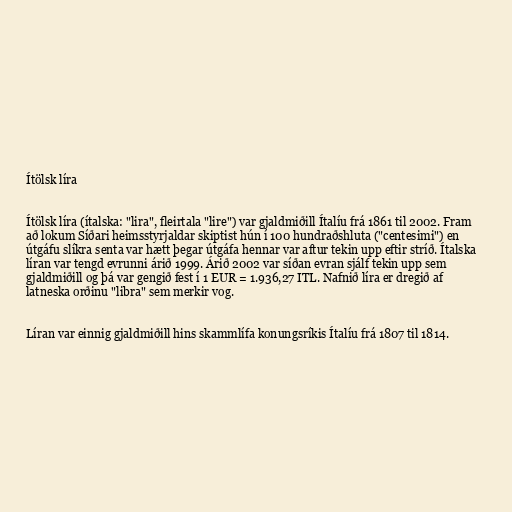
Ítölsk líra

Ítölsk líra (ítalska: "lira", fleirtala "lire") var gjaldmiðill Ítalíu frá 1861 til 2002. Fram
að lokum Síðari heimsstyrjaldar skiptist hún í 100 hundraðshluta ("centesimi") en
útgáfu slíkra senta var hætt þegar útgáfa hennar var aftur tekin upp eftir stríð. Ítalska
líran var tengd evrunni árið 1999. Árið 2002 var síðan evran sjálf tekin upp sem
gjaldmiðill og þá var gengið fest í 1 EUR = 1.936,27 ITL. Nafnið líra er dregið af
latneska orðinu "libra" sem merkir vog.

Líran var einnig gjaldmiðill hins skammlífa konungsríkis Ítalíu frá 1807 til 1814.